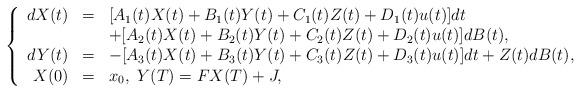
LaTeX: \begin{align*}\left\{\begin{array}[c]{rcl}dX(t) & = & [A_{1}(t)X(t)+B_{1}(t)Y(t)+C_{1}(t)Z(t)+D_{1}(t)u(t)]dt\\& & +[A_{2}(t)X(t)+B_{2}(t)Y(t)+C_{2}(t)Z(t)+D_{2}(t)u(t)]dB(t),\\dY(t) & = & -[A_{3}(t)X(t)+B_{3}(t)Y(t)+C_{3}(t)Z(t)+D_{3}(t)u(t)]dt+Z(t)dB(t),\\X(0) & = & x_{0},\ Y(T)=FX(T)+J,\end{array}\right. \end{align*}